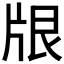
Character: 𪺢